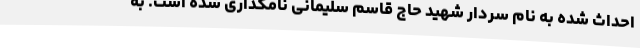
احداث شده به نام سردار شهید حاج قاسم سلیمانی نامگذاری شده است. به